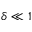
\delta \ll 1